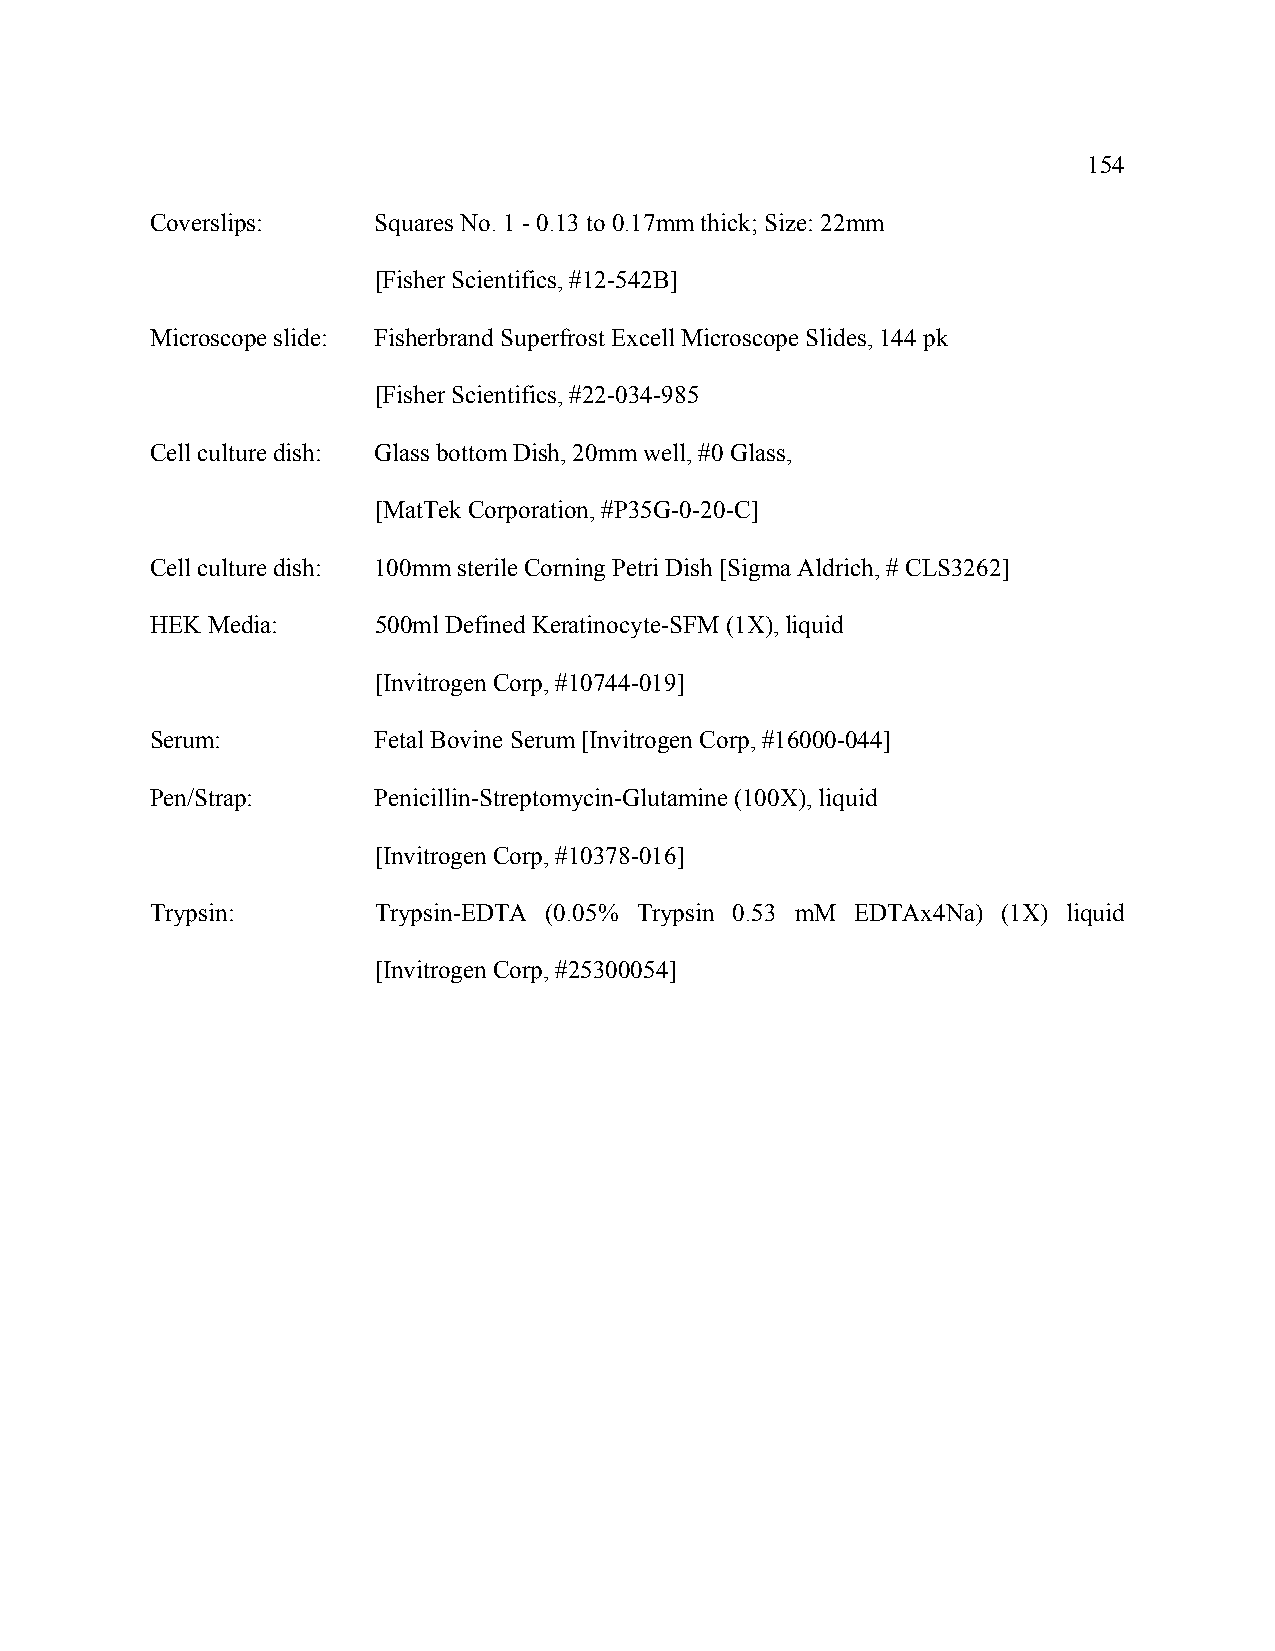
154
 Coverslips:    Squares No. 1 - 0.13 to 0.17mm thick; Size: 22mm
 [Fisher Scientifics, #12-542B]
 Microscope slide: Fisherbrand Superfrost Excell Microscope Slides, 144 pk
 [Fisher Scientifics, #22-034-985
 Cell culture dish: Glass bottom Dish, 20mm well, #0 Glass,
 [MatTek Corporation, #P35G-0-20-C]
 Cell culture dish: 100mm sterile Corning Petri Dish [Sigma Aldrich, # CLS3262]
 HEK Media:     500ml Defined Keratinocyte-SFM (1X), liquid
 [Invitrogen Corp, #10744-019]
 Serum:         Fetal Bovine Serum [Invitrogen Corp, #16000-044]
 Pen/Strap:     Penicillin-Streptomycin-Glutamine (100X), liquid
 [Invitrogen Corp, #10378-016]
 Trypsin:       Trypsin-EDTA (0.05% Trypsin 0.53 mM EDTAx4Na) (1X) liquid
 [Invitrogen Corp, #25300054]